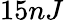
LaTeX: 15nJ